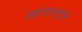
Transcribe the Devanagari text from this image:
सहजानंदांचे